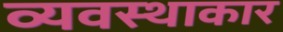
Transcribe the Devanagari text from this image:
व्यवस्थाकार